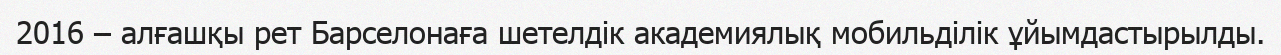
2016 – алғашқы рет Барселонаға шетелдік академиялық мобильділік ұйымдастырылды.